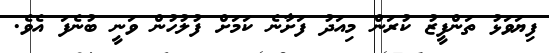
ފިޔަވަޅު ތަންފީޒު ކުރަން މިއަދު ފަށާނެ ކަމަށް ފުލުހުން ވަނީ ބުނެފަ އެވެ.